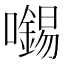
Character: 𡃶